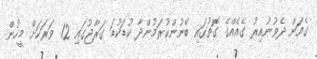
ގެއަށް ދެވުނުއިރު ގެއެއްގެ ގޮތުގައި ބޭނުންކުރަމުންދާ ކުޑަކުޑަ ގަރާޖުގައި 12 ވަރަކަށް މީހުން